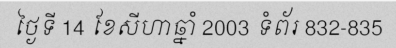
ថ្ងៃទី 14 ខែសីហាឆ្នាំ 2003 ទំព័រ 832-835